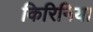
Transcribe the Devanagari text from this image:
किरिनिया